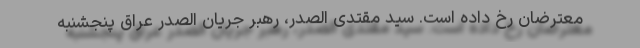
معترضان رخ داده است. سید مقتدی الصدر، رهبر جریان الصدر عراق پنجشنبه